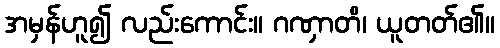
အမှန်ဟူ၍ လည်းကောင်း။ ဂဏှာတိ၊ ယူတတ်၏။